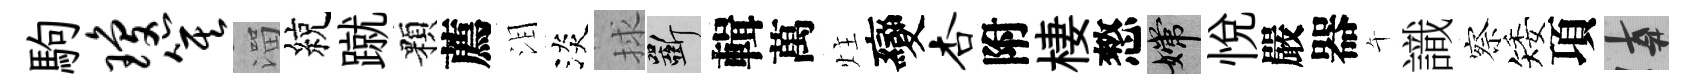
駒琼箕溜綂蹴顆薦泪淡捄斫輯萬炷變杏附棲憗嫦悦嚴器午識察矮項遲